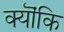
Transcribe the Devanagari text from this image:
क्यॊंकि